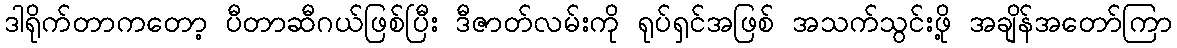
ဒါရိုက်တာကတော့ ပီတာဆီဂယ်ဖြစ်ပြီး ဒီဇာတ်လမ်းကို ရုပ်ရှင်အဖြစ် အသက်သွင်းဖို့ အချိန်အတော်ကြာ